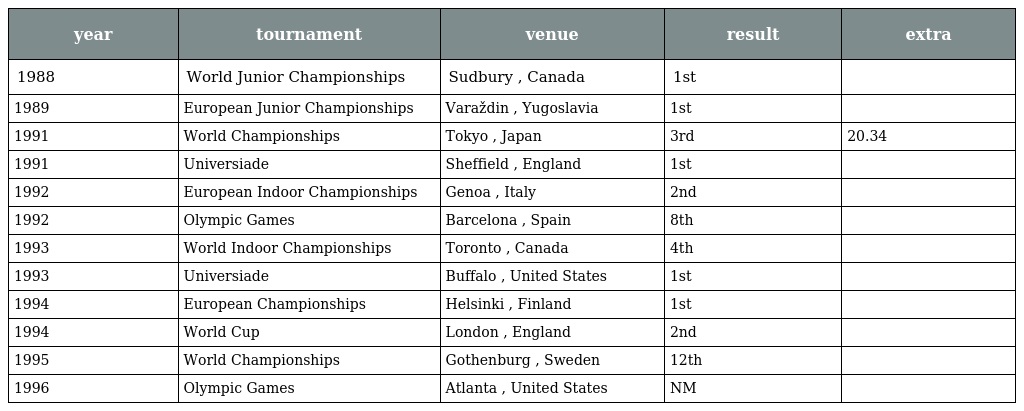
| year | tournament | venue | result | extra |
 | --- | --- | --- | --- | --- |
 | 1988 | World Junior Championships | Sudbury , Canada | 1st |  |
 | 1989 | European Junior Championships | Varaždin , Yugoslavia | 1st |  |
 | 1991 | World Championships | Tokyo , Japan | 3rd | 20.34 |
 | 1991 | Universiade | Sheffield , England | 1st |  |
 | 1992 | European Indoor Championships | Genoa , Italy | 2nd |  |
 | 1992 | Olympic Games | Barcelona , Spain | 8th |  |
 | 1993 | World Indoor Championships | Toronto , Canada | 4th |  |
 | 1993 | Universiade | Buffalo , United States | 1st |  |
 | 1994 | European Championships | Helsinki , Finland | 1st |  |
 | 1994 | World Cup | London , England | 2nd |  |
 | 1995 | World Championships | Gothenburg , Sweden | 12th |  |
 | 1996 | Olympic Games | Atlanta , United States | NM |  |